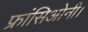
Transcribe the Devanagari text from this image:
फ्रांसिओनी।